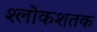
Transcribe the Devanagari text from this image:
श्लोकशतक